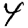
Digit: 4